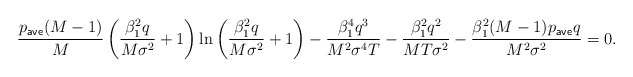
\begin{align*} \frac{p_{\sf ave}(M - 1)}{M} \left(\frac{\beta_1^2 q}{M \sigma^2}+1 \right) \ln \left( \frac{\beta_1^2 q}{M \sigma^2}+1 \right) - \frac{\beta_1^4 q^3}{M^2 \sigma^4 T} - \frac{\beta_1^2 q^2}{M T \sigma^2} - \frac{\beta_1^2 (M-1) p_{\sf ave} q}{M^2 \sigma^2} =0. \end{align*}